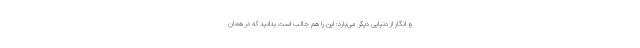
و انگار از دنیایی دیگر می‌بارد: این را هم جالب است بدانید که در همان